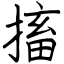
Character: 搐